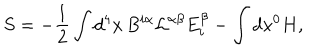
S = - { \frac { 1 } { 2 } } \int d ^ { 4 } x \, B ^ { i \alpha } { \mathcal L } ^ { \alpha \beta } E _ { i } ^ { \beta } - \int d x ^ { 0 } H ,